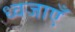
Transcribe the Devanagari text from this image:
ध्वजाएँ